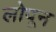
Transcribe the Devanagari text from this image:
लोपून